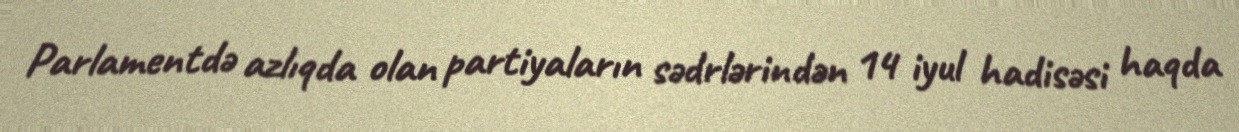
Parlamentdə azlıqda olan partiyaların sədrlərindən 14 iyul hadisəsi haqda